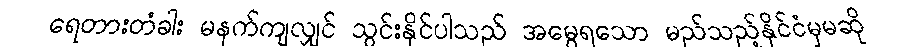
ရေတားတံခါး မနက်ကျလျှင် သွင်းနိုင်ပါသည် အမွေရသော မည်သည့်နိုင်ငံမှမဆို